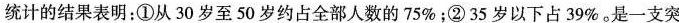
统计的结果表明：①从30岁至50岁约占全部人数的75\%；②35岁以下占39\%。是一支突